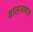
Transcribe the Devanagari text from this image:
बालजगत